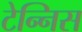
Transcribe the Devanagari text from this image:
टेन्निस